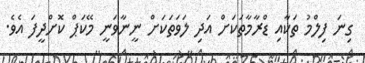
ގިނަ ފިލްމު ތަކާއި ޑްރާމާތަކަށް އަދި ލަވަތަކަށް ނީނާވަނީ މޭކަޕް ކޮށްދީފަ އެވެ.